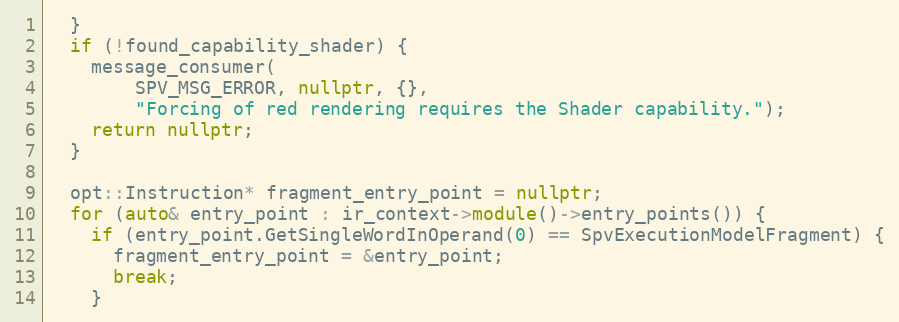
Language: C++
  }
  if (!found_capability_shader) {
    message_consumer(
        SPV_MSG_ERROR, nullptr, {},
        "Forcing of red rendering requires the Shader capability.");
    return nullptr;
  }

  opt::Instruction* fragment_entry_point = nullptr;
  for (auto& entry_point : ir_context->module()->entry_points()) {
    if (entry_point.GetSingleWordInOperand(0) == SpvExecutionModelFragment) {
      fragment_entry_point = &entry_point;
      break;
    }